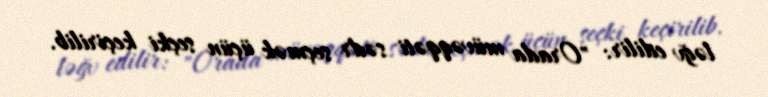
ləğv edilir: "Orada müvəqqəti sədr seçmək üçün seçki keçirilib.